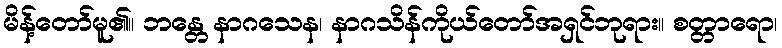
မိန့်တော်မူ၏။ ဘန္တေ နာဂသေန၊ နာဂသိန်ကိုယ်တော်အရှင်ဘုရား။ စတ္တာရော၊